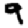
Digit: 9